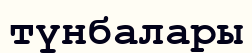
түнбалары